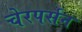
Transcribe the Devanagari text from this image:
चेरपर्सन